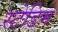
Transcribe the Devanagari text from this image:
स्टेडिम